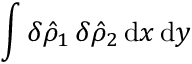
\int \delta \hat { \rho } _ { 1 } \, \delta \hat { \rho } _ { 2 } \, \mathrm { d } x \, \mathrm { d } y